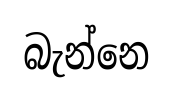
බැන්නෙ